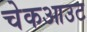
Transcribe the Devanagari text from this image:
चेकआउट